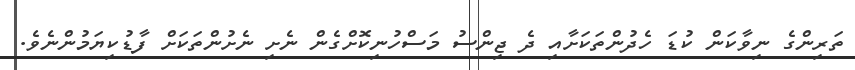
ތަރިންގެ ނިވާކަން ކުޑަ ހެދުންތަކަށާއި ދެ ޖިންސު މަސްހުނިކޮށްގެން ނެށި ނެށުންތަކަށް ފާޑުކިޔަމުންނެވެ.